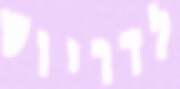
לדריוש